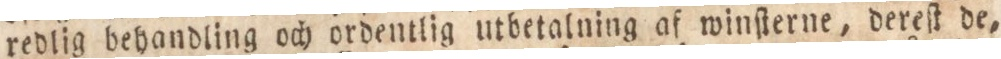
redlig behandling och ordentlig utbetalning af winſterne, dereſt de,